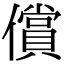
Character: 償